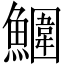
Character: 𩼀